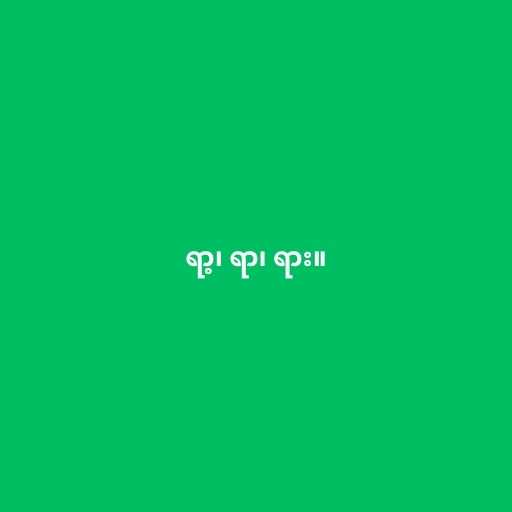
ရာ့၊ ရာ၊ ရား။